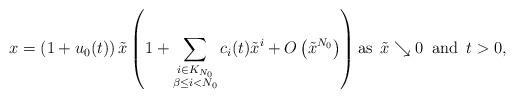
LaTeX: \begin{align*}x = \left(1+u_0(t)\right) \tilde x \left(1 + \sum_{\substack{i \in K_{N_0}\\ \beta \le i < N_0}} c_i(t) \tilde x^i + O\left(\tilde x^{N_0}\right)\right) \mbox{as } \, \tilde x \searrow 0 \, \mbox{ and } \, t > 0,\end{align*}